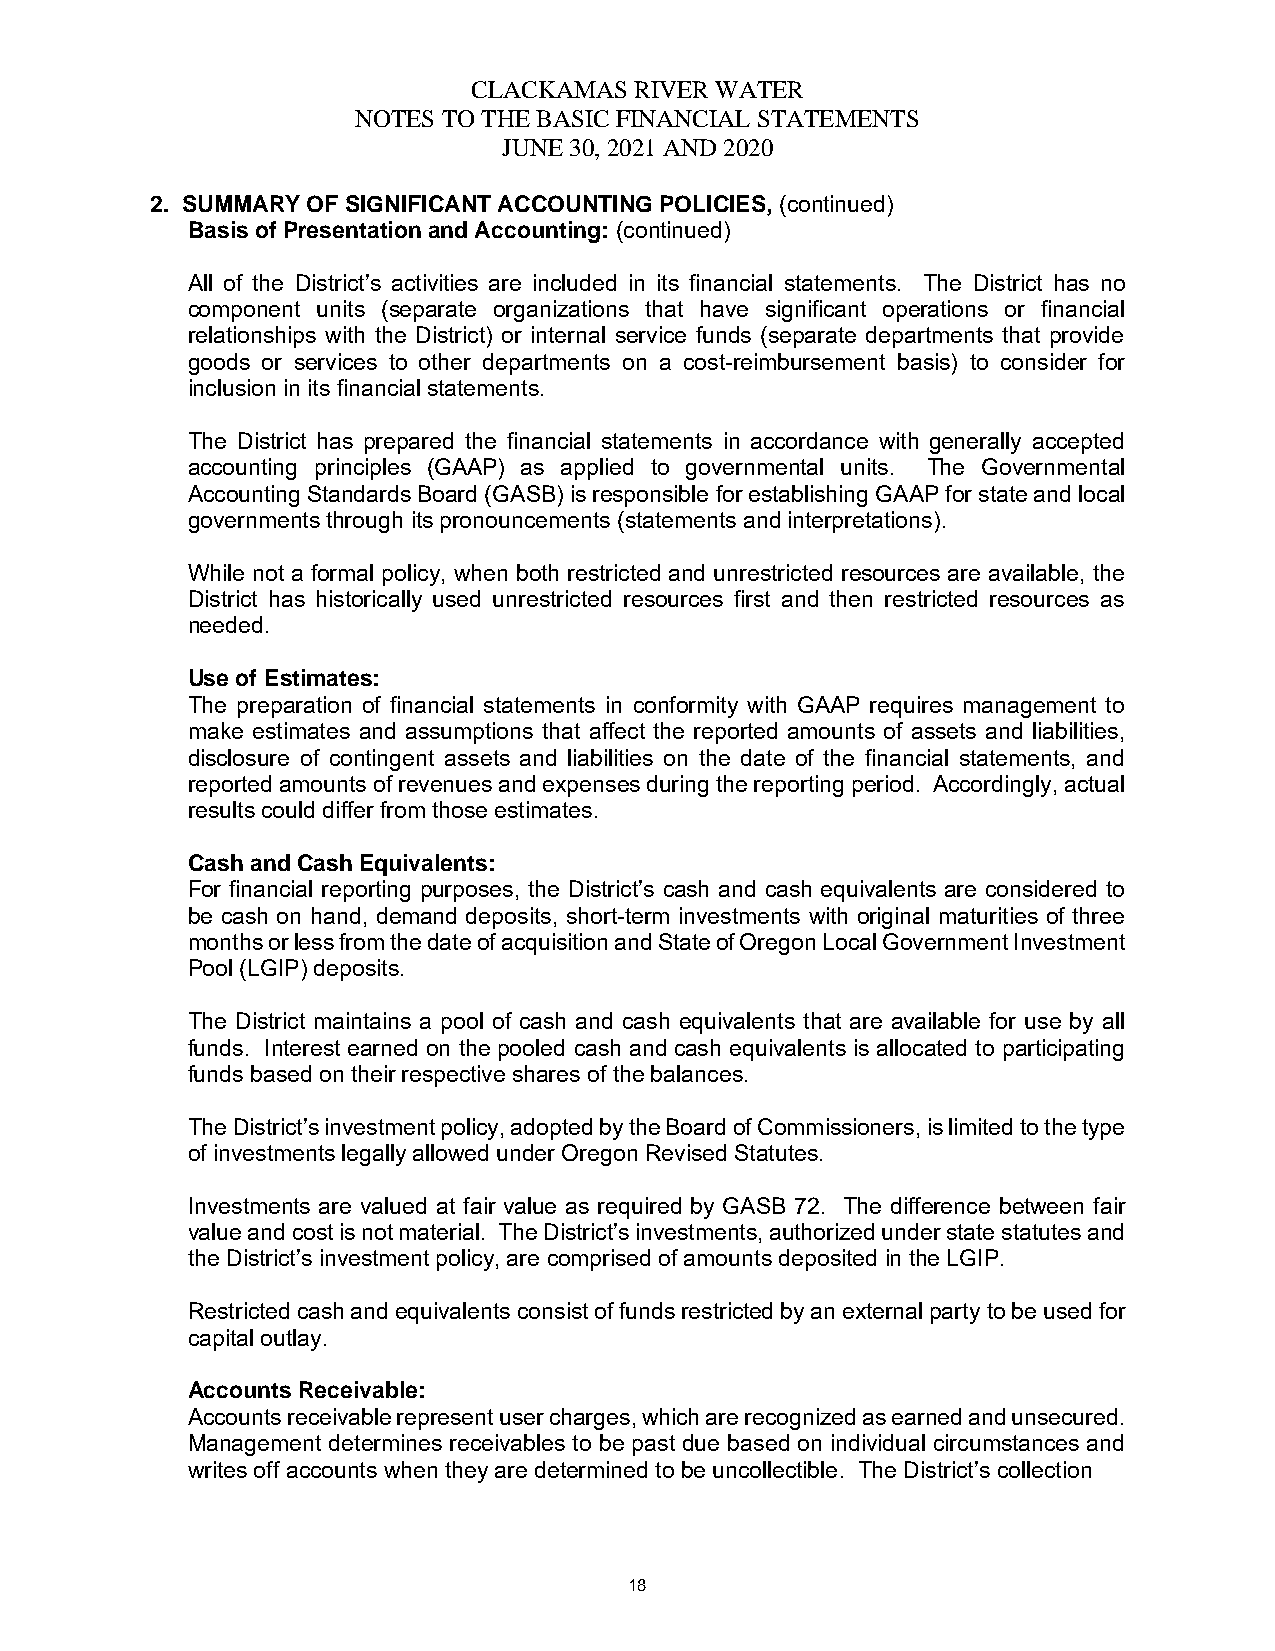
CLACKAMAS  RIVER WATER
 NOTES TO THE BASIC FINANCIAL STATEMENTS
 JUNE 30, 2021 AND 2020
 2. SUMMARY OF SIGNIFICANT ACCOUNTING POLICIES, (continued)
 Basis of Presentation and Accounting: (continued)
 All of the District’s activities are included in its financial statements. The District has no
 component units (separate organizations that have significant operations or financial
 relationships with the District) or internal service funds (separate departments that provide
 goods or services to other departments on a cost-reimbursement basis) to consider for
 inclusion in its financial statements.
 The District has prepared the financial statements in accordance with generally accepted
 accounting principles (GAAP) as applied to governmental units. The Governmental
 Accounting Standards Board (GASB) is responsible for establishing GAAP for state and local
 governments through its pronouncements (statements and interpretations).
 While not a formal policy, when both restricted and unrestricted resources are available, the
 District has historically used unrestricted resources first and then restricted resources as
 needed.
 Use of Estimates:
 The preparation of financial statements in conformity with GAAP requires management to
 make estimates and assumptions that affect the reported amounts of assets and liabilities,
 disclosure of contingent assets and liabilities on the date of the financial statements, and
 reported amounts of revenues and expenses during the reporting period. Accordingly, actual
 results could differ from those estimates.
 Cash and Cash Equivalents:
 For financial reporting purposes, the District’s cash and cash equivalents are considered to
 be cash on hand, demand deposits, short-term investments with original maturities of three
 months or less from the date of acquisition and State of Oregon Local Government Investment
 Pool (LGIP) deposits.
 The District maintains a pool of cash and cash equivalents that are available for use by all
 funds. Interest earned on the pooled cash and cash equivalents is allocated to participating
 funds based on their respective shares of the balances.
 The District’s investment policy, adopted by the Board of Commissioners, is limited to the type
 of investments legally allowed under Oregon Revised Statutes.
 Investments are valued at fair value as required by GASB 72. The difference between fair
 value and cost is not material. The District’s investments, authorized under state statutes and
 the District’s investment policy, are comprised of amounts deposited in the LGIP.
 Restricted cash and equivalents consist of funds restricted by an external party to be used for
 capital outlay.
 Accounts Receivable:
 Accounts receivable represent user charges, which are recognized as earned and unsecured.
 Management determines receivables to be past due based on individual circumstances and
 writes off accounts when they are determined to be uncollectible. The District’s collection
 18